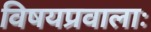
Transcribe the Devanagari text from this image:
विषयप्रवालाः